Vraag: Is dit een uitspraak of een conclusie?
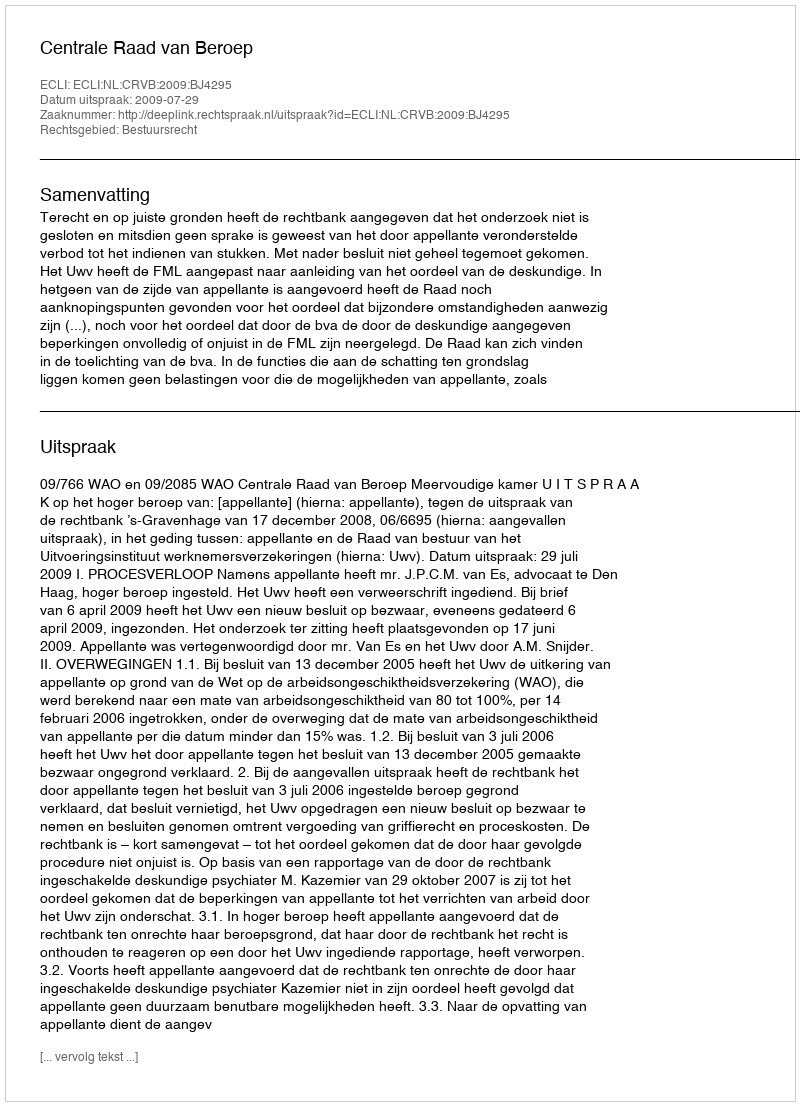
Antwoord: Uitspraak